Piroplasma canis and its life cycle in the tick - Number 29
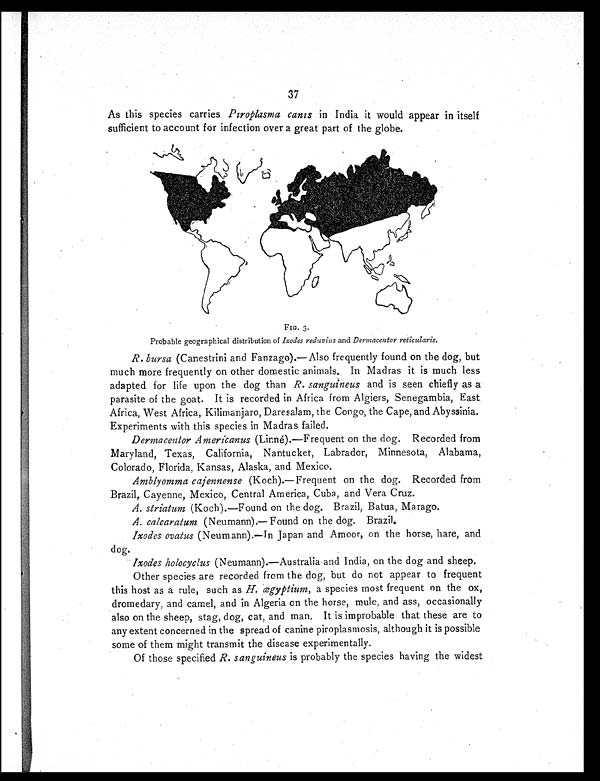
37
As this species carries Piroplasma canis in India it would appear in itself
sufficient to account for infection over a great part of the globe.
FIG. 3.
Probable geographical distribution of Ixodes reduvius and Dermacentor reticularis.
R. bursa (Canestrini and Fanzago).—Also frequently found on the dog, but
much more frequently on other domestic animals. In Madras it is much less
adapted for life upon the dog than R. sanguineus
and is seen chiefly as a
parasite of the goat. It is recorded in Africa from Algiers, Senegambia, East
Africa, West Africa, Kilimanjaro, Daresalam, the Congo, the Cape, and Abyssinia.
Experiments with this species in Madras failed.
Dermacentor Americanus
(Linné).—Frequent on the dog. Recorded from
Maryland, Texas, California, Nantucket, Labrador, Minnesota, Alabama,
Colorado, Florida, Kansas, Alaska, and Mexico.
Amblyomma cajennense
(Koch).—Frequent on the dog. Recorded from
Brazil, Cayenne, Mexico, Central America, Cuba, and Vera Cruz.
A. striatum (Koch).—Found on the dog. Brazil, Batua, Marago.
A. calcaratum (Neumann).— Found on the dog. Brazil.
Ixodes ovatus (Neumann).—In Japan and Amoor, on the horse, hare, and
dog.
I x o d e s h o l o c y c l u s
( N e u m a n n ) . — A u s t r a l i a a n d I n d i a , o n t h e d o g a n d s h e e p .
Other species are recorded from the dog, but do not appear to frequent
this host as a rule, such as H. ægyptium, a species most frequent on the ox,
dromedary, and camel, and in Algeria on the horse, mule, and ass, occasionally
also on the sheep, stag, dog, cat, and man. It is improbable that these are to
any extent concerned in the spread of canine piroplasmosis, although it is possible
some of them might transmit the disease experimentally.
Of those specified R. sanguineus is probably the species having the widest